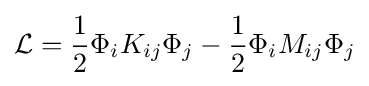
{\mathcal {L}}={\frac {1}{2}}\Phi _{i}K_{ij}\Phi _{j}-{\frac {1}{2}}\Phi _{i}M_{ij}\Phi _{j}